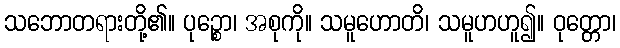
သဘောတရားတို့၏။ ပုဉ္စော၊ အစုကို။ သမူဟောတိ၊ သမူဟဟူ၍။ ဝုတ္တော၊